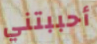
أحببتني